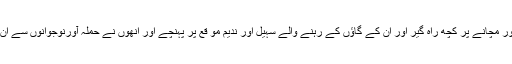
امام کے شور مچانے پر کچھ راہ گیر اور ان کے گاؤں کے رہنے والے سہیل اور ندیم مو قع پر پہنچے اور انھوں نے حملہ آورنوجوانوں سے ان کو چھڑایا۔